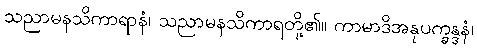
သညာမနသိကာရာနံ၊ သညာမနသိကာရတို့၏။ ကာမာဒိအနုပက္ခန္ဒနံ၊